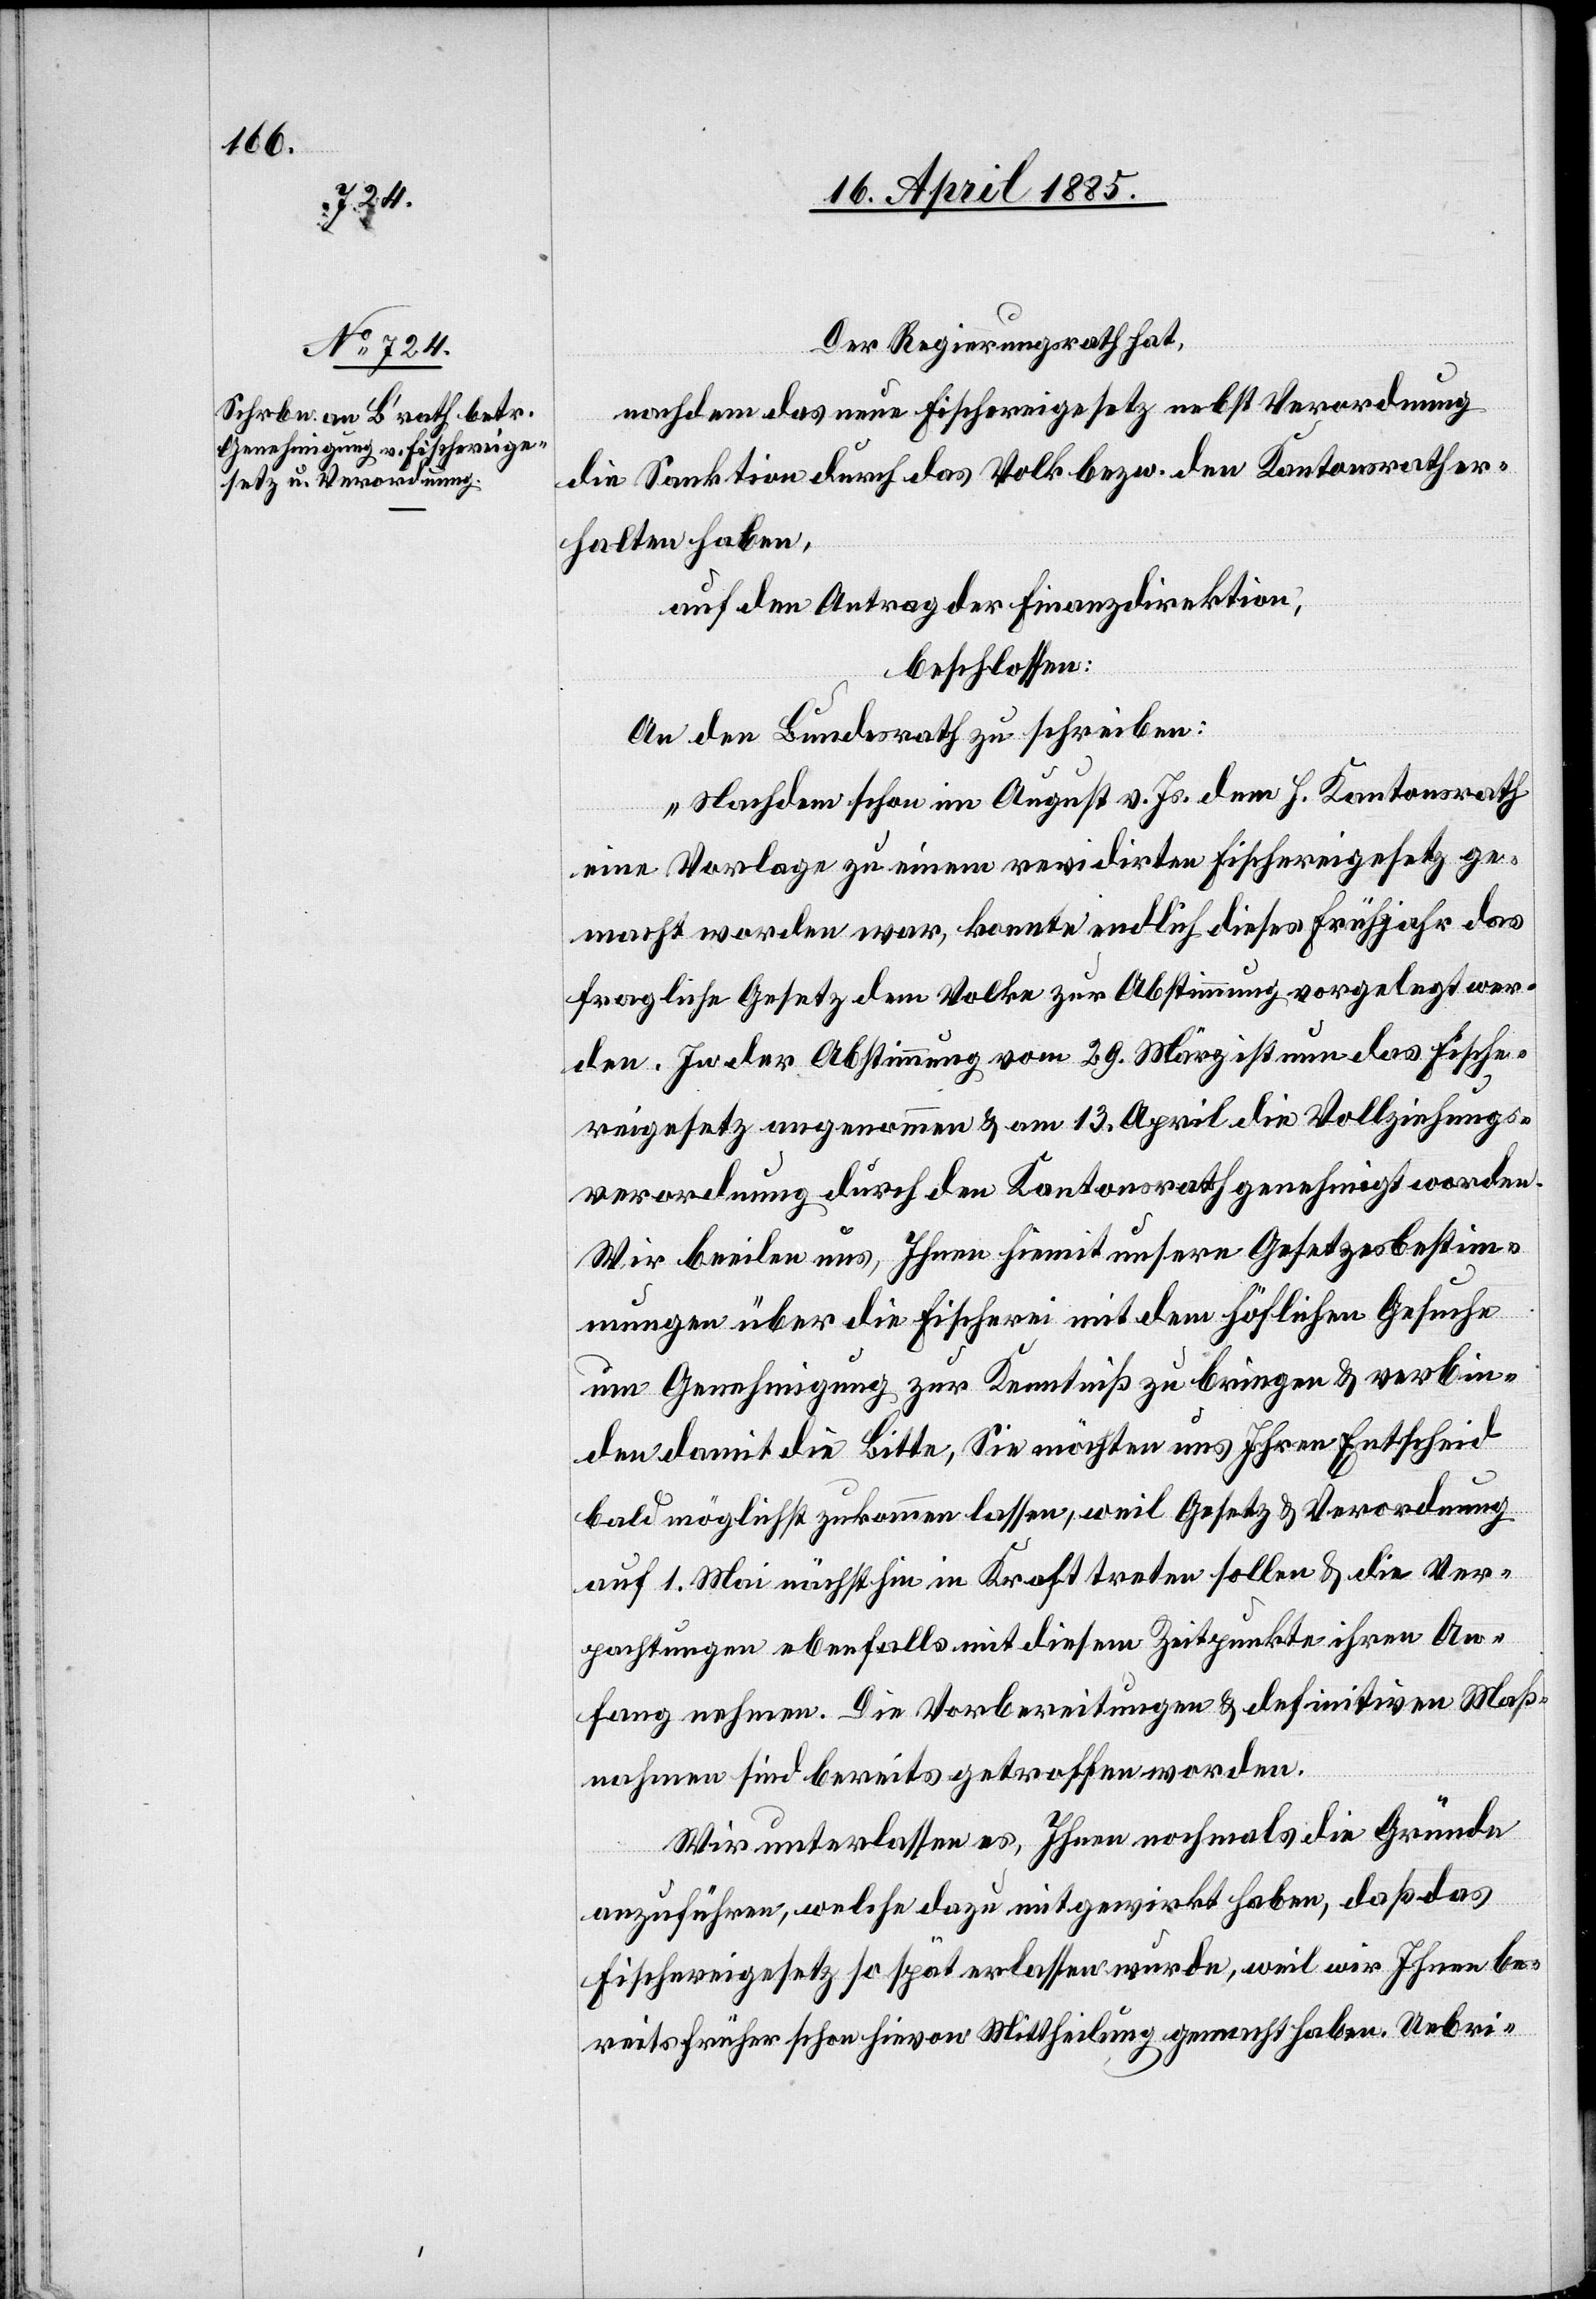
Der Regierungsrath hat,
nachdem das neue Fischereigesetz nebst Verordnung
die Sanktion durch das Volk bezw. den Kantonsrath er¬
halten haben,
auf den Antrag der Finanzdirektion,
beschlossen:
An den Bundesrath zu schreiben:
„Nachdem schon im August v. Js. dem h. Kantonsrath
eine Vorlage zu einem revidirten Fischereigesetz ge¬
macht worden war, konnte endlich dieses Frühjahr das
fragliche Gesetz dem Volke zur Abstimmung vorgelegt wer¬
den. In der Abstimmung vom 29. März ist nun das Fische¬
reigesetz angenommen & am 13. April die Vollziehungs¬
verordnung durch den Kantonsrath genehmigt worden.
Wir beeilen uns, Ihnen hiemit unsere Gesetzesbestim¬
mungen über die Fischerei mit dem höflichen Gesuche
um Genehmigung zur Kenntniß zu bringen & verbin¬
den damit die Bitte, Sie möchten uns Ihren Entscheid
bald möglichst zukommen lassen, weil Gesetz & Verordnung
auf 1. Mai nächsthin in Kraft treten sollen & die Ver¬
pachtungen ebenfalls mit diesem Zeitpunkte ihren An¬
fang nehmen. Die Vorbereitungen & definitiven Maß¬
nahmen sind bereits getroffen worden.
Wir unterlassen es, Ihnen nochmals die Gründe
anzuführen, welche dazu mitgewirkt haben, daß das
Fischereigesetz so spät erlassen wurde, weil wir Ihnen be¬
reits früher schon hievon Mittheilung gemacht haben. Uebri-